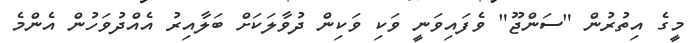
މީގެ އިތުރުން "ސަންޖޫ" ވެފައިވަނީ ވަކި ވަކިން ދުވާލަކަށް ބަލާއިރު އެއްދުވަހުން އެންމެ